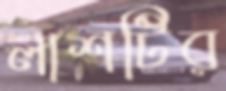
লাশটির